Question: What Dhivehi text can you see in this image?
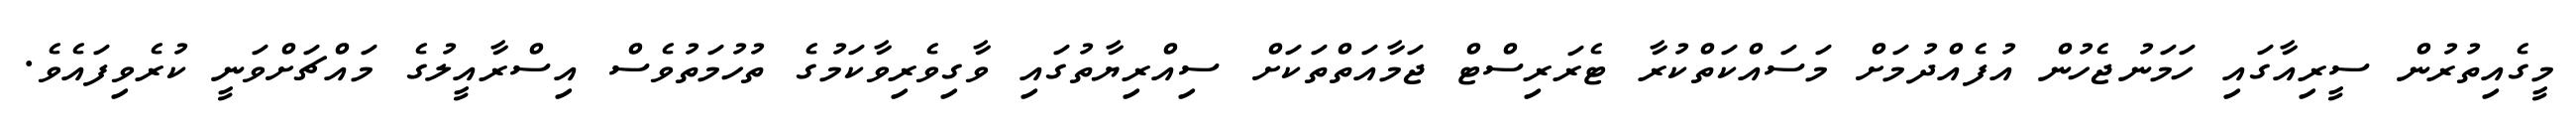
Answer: މީގެއިތުރުން ސީރިއާގައި ހަމަނުޖެހުން އުފެއްދުމަށް މަސައްކަތްކުރާ ޓެރަރިސްޓް ޖަމާއަތްތަކަށް ސިއްރިޔާތުގައި ވާގިވެރިވާކަމުގެ ތުހުމަތުވެސް އިސްރާއީލުގެ މައްޗަށްވަނީ ކުރެވިފައެވެ.